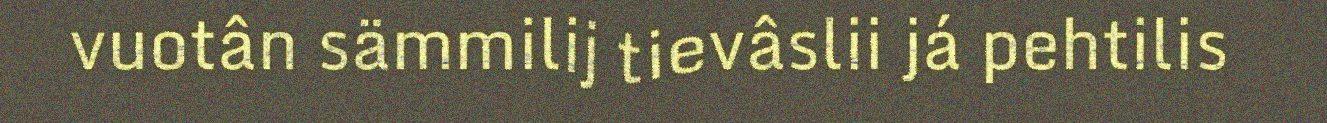
vuotân sämmilij tievâslii já pehtilis